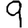
Digit: 9